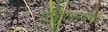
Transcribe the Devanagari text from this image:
प्रतियथार्थका